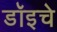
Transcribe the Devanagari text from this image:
डॉइचे